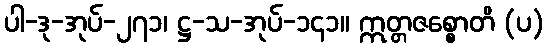
ပါ-ဒု-အုပ်-၂၇၁၊ ဋ္ဌ-သ-အုပ်-၁၄၁။ ဣတ္တဇစ္စောတိ (ပ)